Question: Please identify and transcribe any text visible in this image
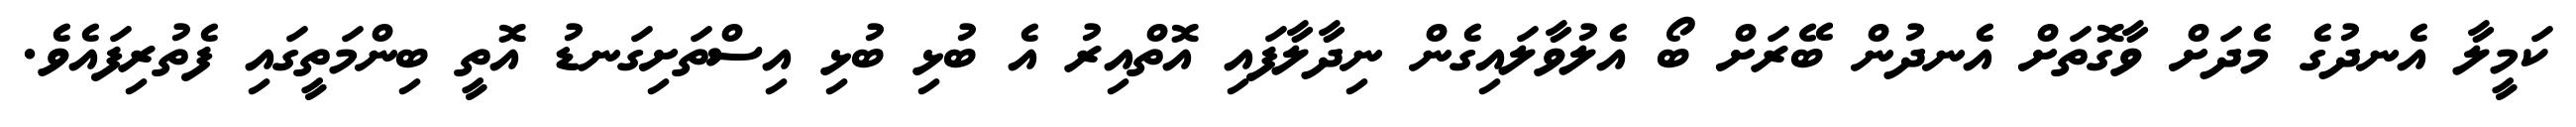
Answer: ކަމީލާ އެނދުގެ މެދަށް ވާގޮތަށް އެނދުން ބޭރަށް ބޯ އެލުވާލައިގެން ނިދާލާފައި އޮތްއިރު އެ ބުޅި ބުޅި އިސްތަށިގަނޑު އޮތީ ބިންމަތީގައި ފެތުރިފައެވެ.